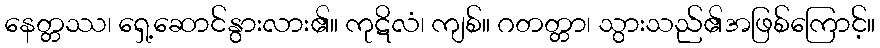
နေတ္တဿ၊ ရှေ့ဆောင်နွားလား၏။ ကုဋိလံ၊ ကျစ်။ ဂတတ္တာ၊ သွားသည်၏အဖြစ်ကြောင့်။